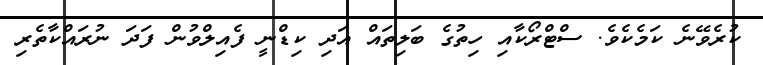
ކުރެވޭނެ ކަމެކެވެ. ސްޓްރޯކާއި ހިތުގެ ބަލިތައް އަދި ކިޑްނީ ފެއިލްވުން ފަދަ ނުރައްކާތެރި